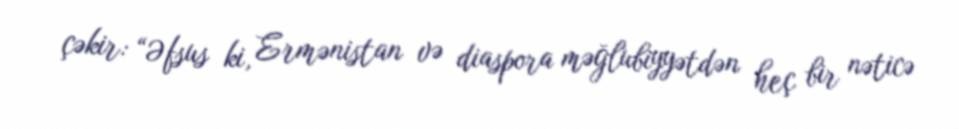
çəkir: “Əfsus ki, Ermənistan və diaspora məğlubiyyətdən heç bir nəticə